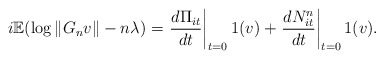
\begin{align*}i \mathbb{E} (\log \|G_n v\| - n \lambda) = \left. \frac{ d \Pi_{it} }{ dt } \right|_{t=0} 1(v) + \left. \frac{ d N^{n}_{it} }{ dt } \right|_{t=0} 1(v).\end{align*}